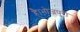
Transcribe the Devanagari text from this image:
है।भोजपुरी